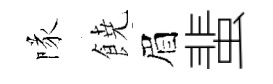
隊𩜙眉蜚